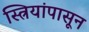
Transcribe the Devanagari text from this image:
स्त्रियांपासून